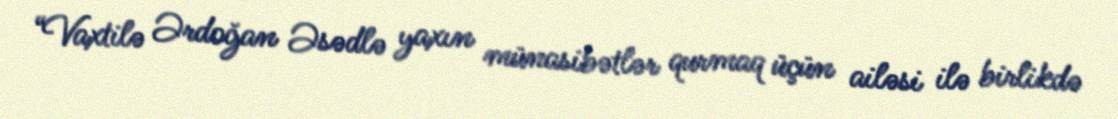
“Vaxtilə Ərdoğan Əsədlə yaxın münasibətlər qurmaq üçün ailəsi ilə birlikdə